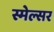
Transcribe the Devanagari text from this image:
स्मेल्सर